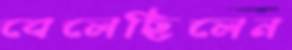
বেলেছিলেন